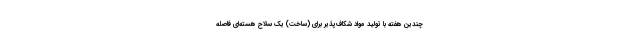
چندین هفته با تولید مواد شکاف‌پذیر برای (ساخت) یک سلاح هسته‌ای فاصله